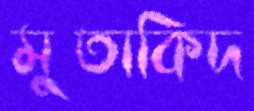
মুতাকিদ